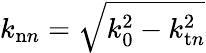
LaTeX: k_{\mathrm{n}n}=\sqrt{k_{0}^{2}-k_{\mathrm{t}n}^{2}}